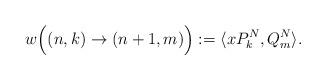
LaTeX: \begin{align*}w\Big((n,k)\rightarrow (n+1,m)\Big):= \langle xP_{k}^N , Q_{m}^N \rangle.\end{align*}